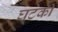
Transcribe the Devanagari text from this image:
घटकी